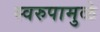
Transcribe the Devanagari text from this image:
स्वरुपामुळे